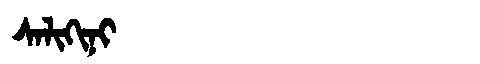
Manchu: ᠰᠠᠯᡳᡴᡳᠨᡳ
Romanization: SALIKINI